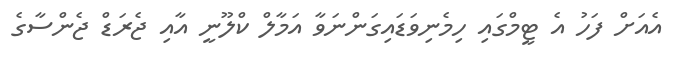
އެއަށް ފަހު އެ ޓީމްގައި ހިމެނިވަޑައިގަންނަވާ އަމާލް ކްލޫނީ އާއި ޖެރަޑް ޖެންސާގެ